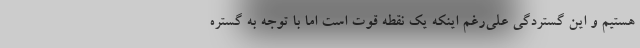
هستیم و این گستردگی علی‌رغم اینکه یک نقطه قوت است اما با توجه به گستره